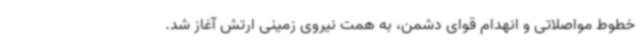
خطوط مواصلاتی و انهدام قوای دشمن، به همت نیروی زمینی ارتش آغاز شد.